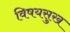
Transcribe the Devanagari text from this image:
विषयसुख